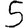
Digit: 5